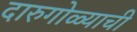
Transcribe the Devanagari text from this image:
दारुगोळ्याची